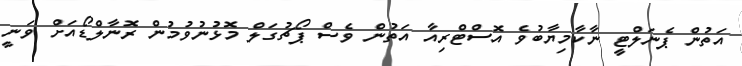
އަތުން ޕެނަލްޓީ ނާކާމިޔާބުވެ އޮސްޓްރިއާ އަތުން ވެސް ޕޯޗުގަލް މޮޅުނުވުމުން ރޮނާލްޑޯއަށް ވަނީ